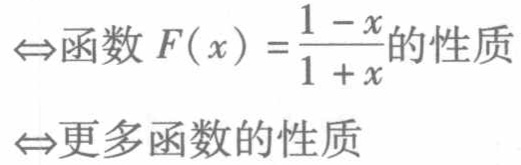
$\Leftrightarrow$函数$F(x)=\frac{1 - x}{1 + x}$的性质
$\Leftrightarrow$更多函数的性质